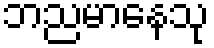
ဘညမာနေသု